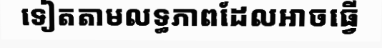
ទៀតតាមលទ្ធភាពដែលអាចធ្វើ